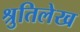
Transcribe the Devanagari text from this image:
श्रुतिलेख